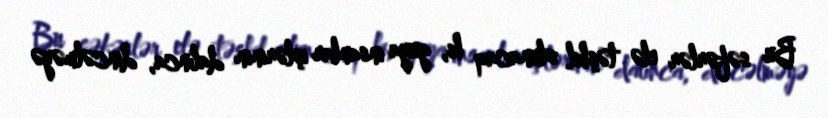
Bu səfərlər elə təşkil olunacaq ki, guya insanlar işlərinin dalınca, dincəlməyə